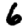
Digit: 6